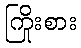
ကြိုးစား